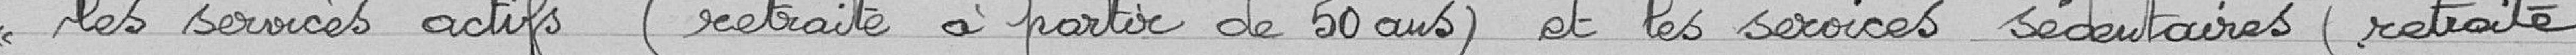
<< les services actifs (retraite à partir de 50 ans) et les services sédentaires (retraite